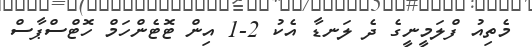
މެތިއު ފްލަމީނީގެ ދެ ލަނޑާ އެކު 2-1 އިން ޓޮޓެންހަމް ހޮޓްސްޕާސް